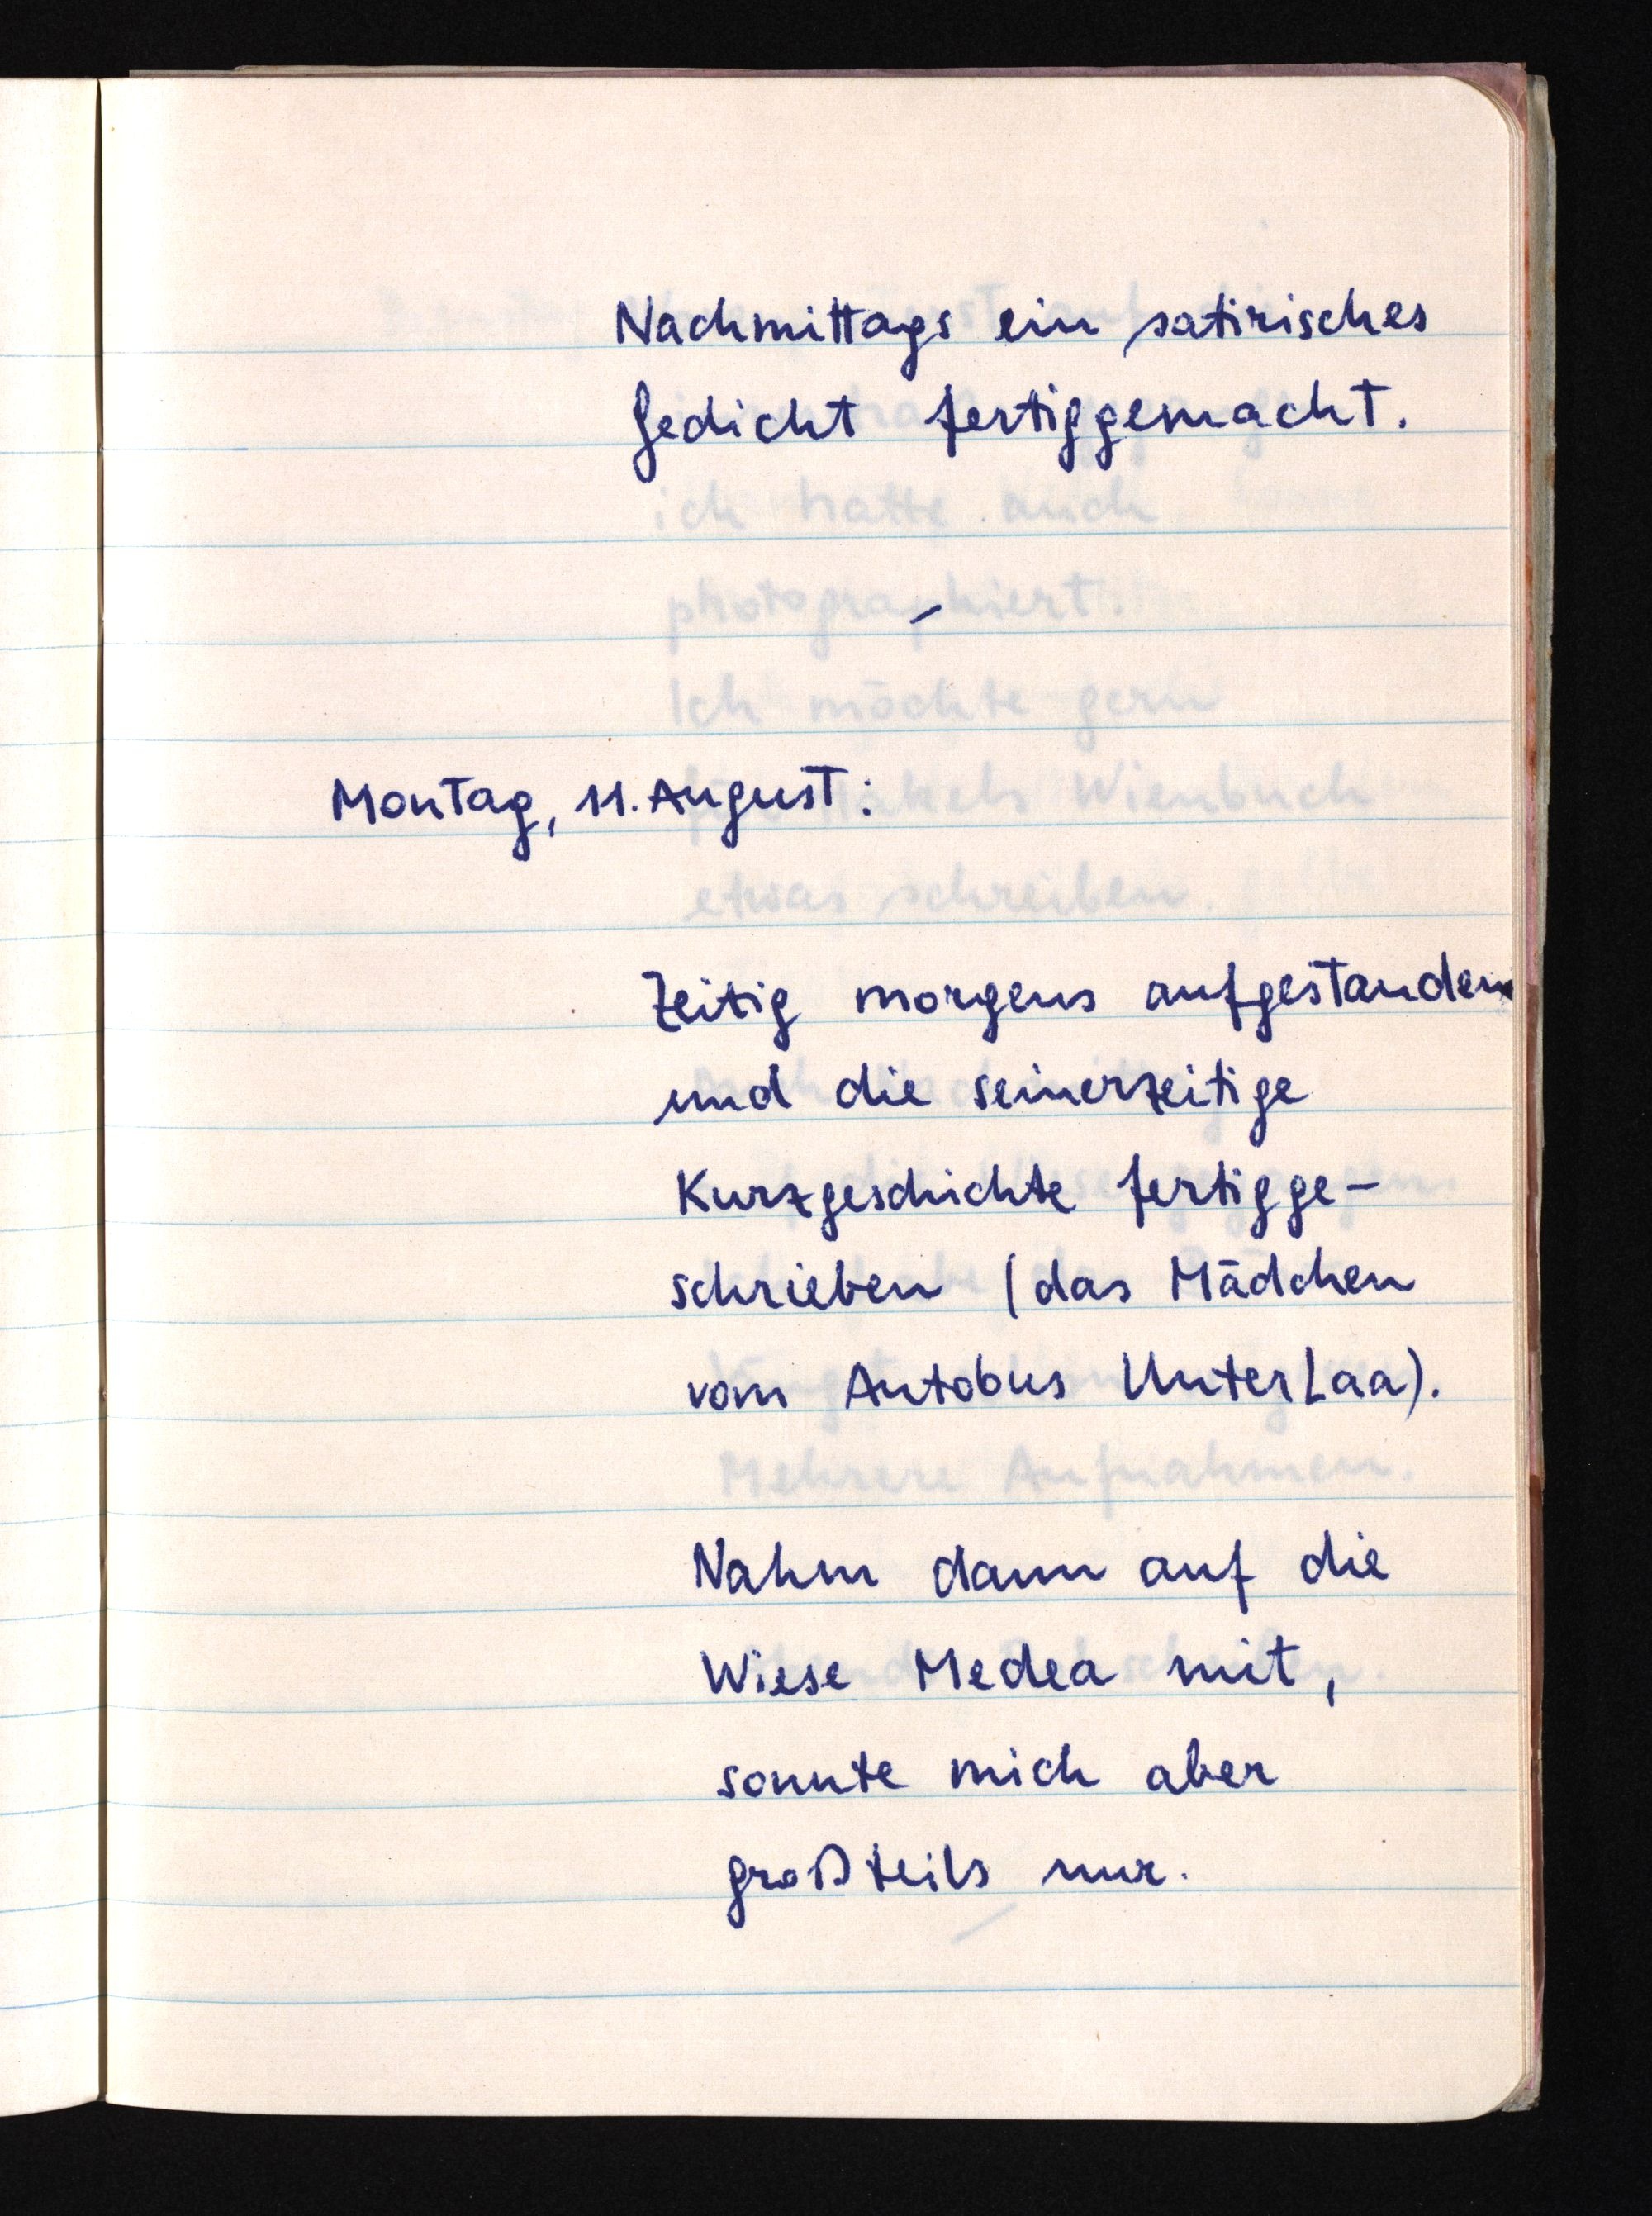
Nachmittags ein satirisches
Gedicht fertiggemacht.
Montag, 11. August:
Zeitig morgens aufgestanden
und die seinerzeitige
Kurzgeschichte fertigge¬
schrieben (das Mädchen
vom Autobus Unter Laa).
Nahm dann auf die
Wiese Medea mit,
sonnte mich aber
großteils nur.